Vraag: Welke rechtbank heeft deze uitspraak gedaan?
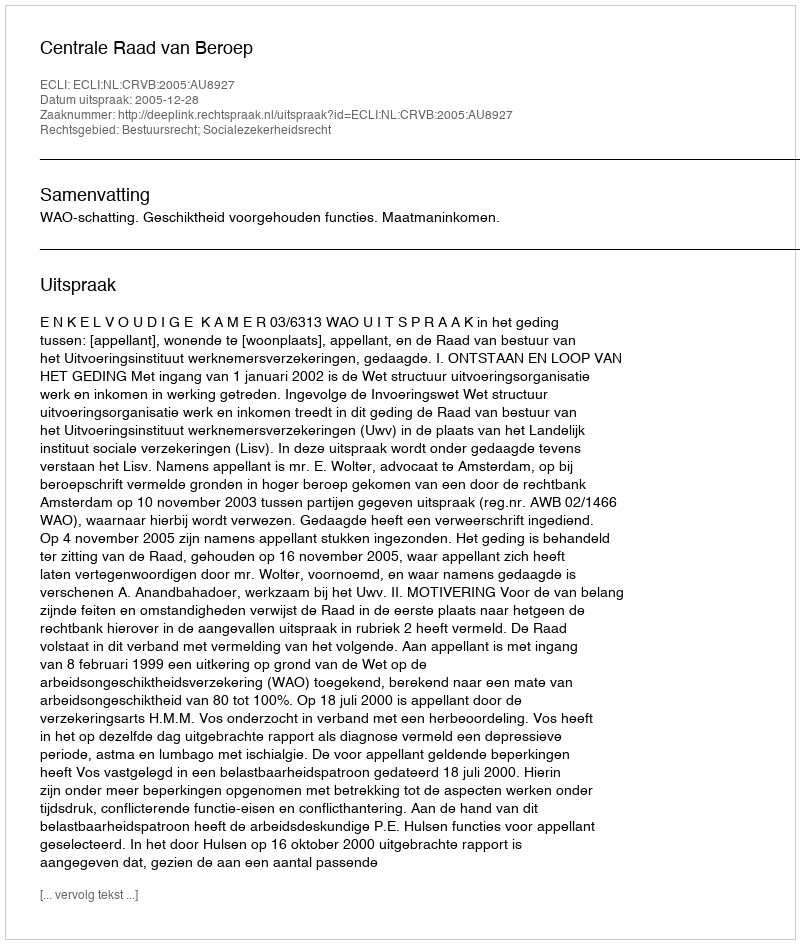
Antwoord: Centrale Raad van Beroep